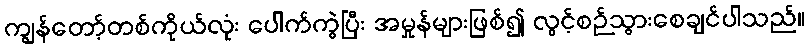
ကျွန်တော့်တစ်ကိုယ်လုံး ပေါက်ကွဲပြီး အမှုန်များဖြစ်၍ လွင့်စဉ်သွားစေချင်ပါသည်။